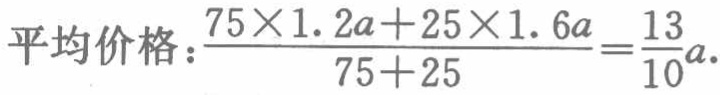
平均价格：\(\frac{75\times1.2a + 25\times1.6a}{75 + 25}=\frac{13}{10}a\).